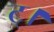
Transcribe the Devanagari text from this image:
ट्।